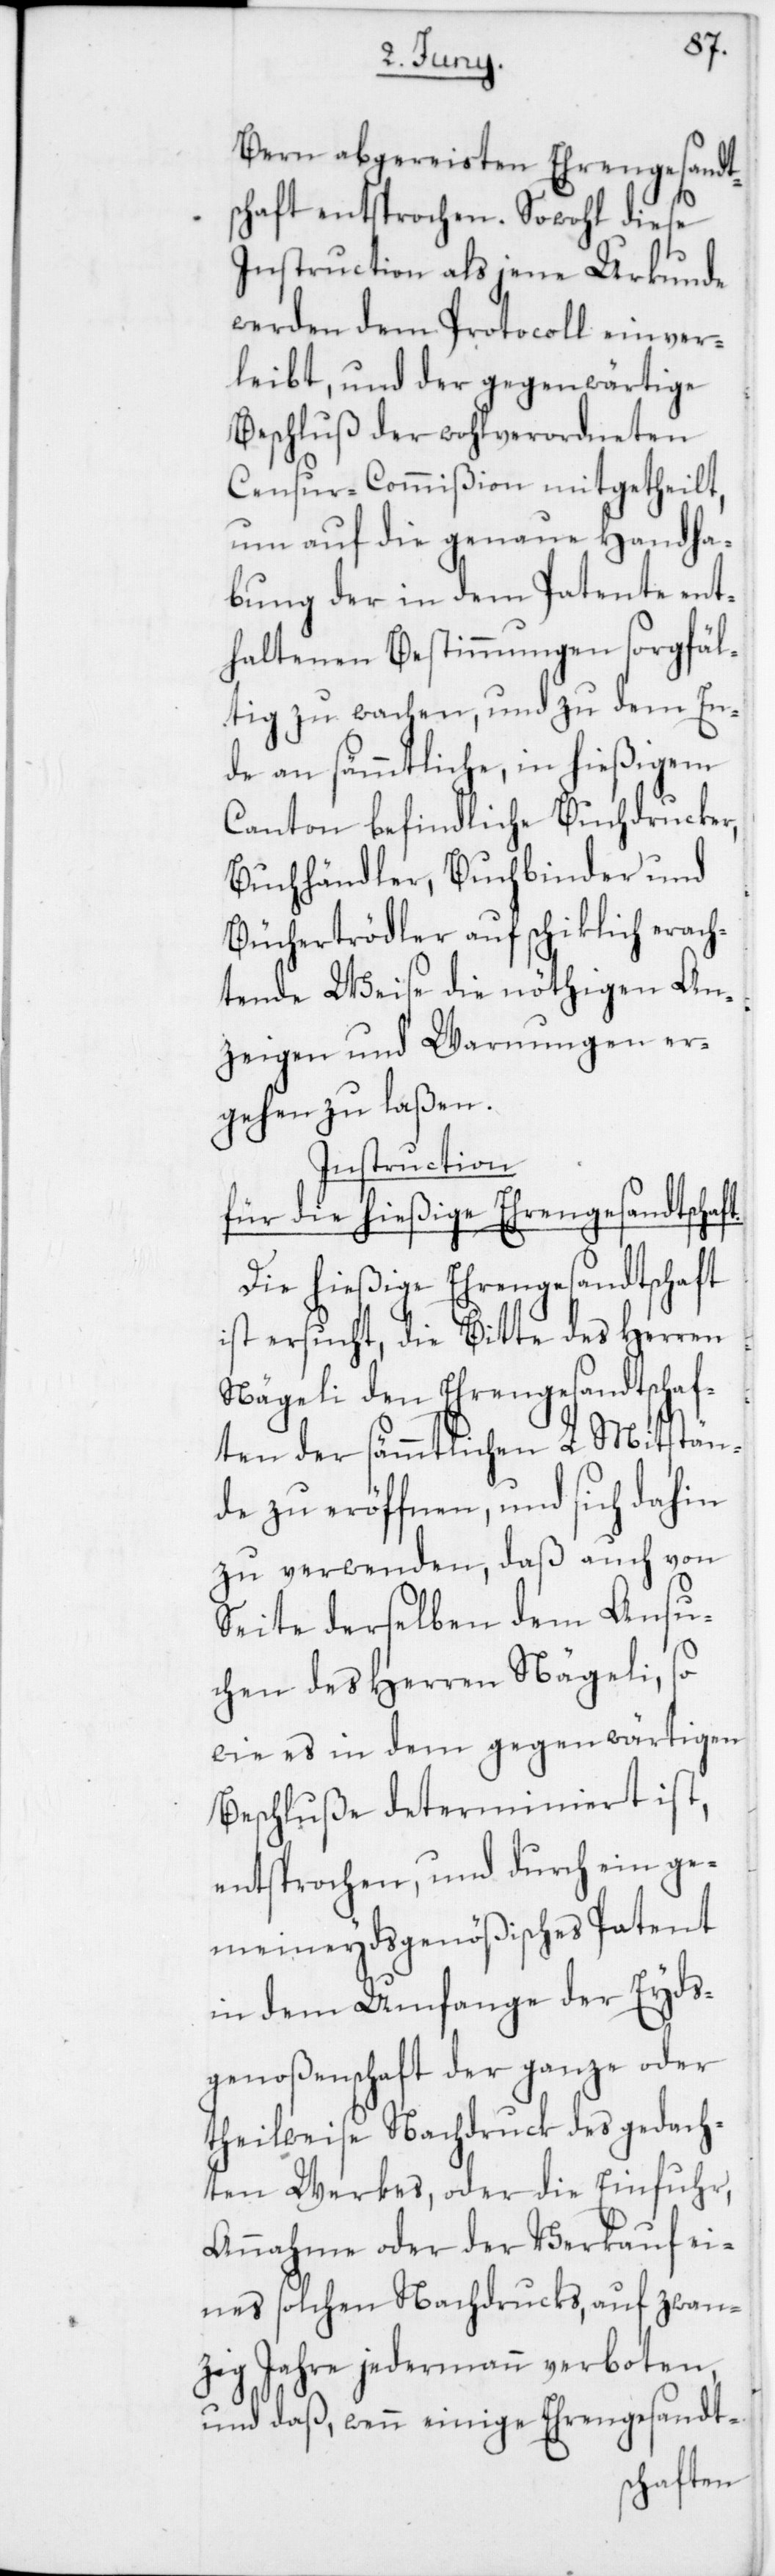
Bern abgereisten Ehrengesandt¬
schaft entsprochen. Sowohl diese
Instruction als jene Urkunde
werden dem Protocoll einver¬
leibt, und der gegenwärtige
Beschluß der wohlverordneten
Censur-Commißion mitgetheilt,
um auf die genaue Handha¬
bung der in dem Patente ent¬
haltenen Bestimmungen sorgfäl¬
tig zu wachen, und zu dem En¬
de an sämmtliche, in hießigem
Canton befindliche Buchdrucker,
Buchhändler, Buchbinder und
Büchtertrödler auf schiklich erach¬
tende Weise die nöthigen An¬
zeigen und Warnungen er¬
gehen zu laßen.
Instruction
für die hießige Ehrengesandtschaft.
Die hießige Ehrengesandtschaft
ist ersucht, die Bitte des Herren
Nägeli den Ehrengesandtschaf¬
ten der sämmtlichen L. Mitstän¬
de zu eröffnen, und sich dahin
zu verwenden, daß auch von
Seite derselben dem Ansu¬
chen des Herren Nägeli, so
wie es in dem gegenwärtigen
Beschluße determiniert ist,
entsprochen, und durch ein ge¬
meineydsgenößisches Patent
in dem Umfange der Eyds¬
genoßenschaft der ganze oder
theilweise Nachdruck des gedach¬
ten Werkes, oder die Einfuhr,
Annahme oder der Verkauf ei¬
nes solchen Nachdrucks, auf zwan¬
zig Jahre jedermann verboten,
und daß, wenn einige Ehrengesandt-